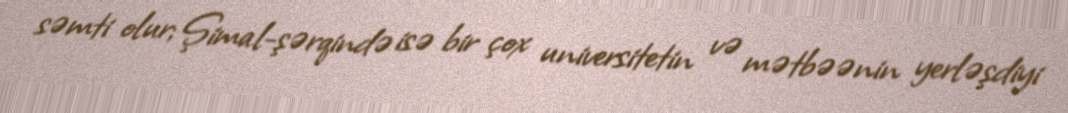
səmti olur; Şimal-şərqində isə bir çox universitetin və mətbəənin yerləşdiyi